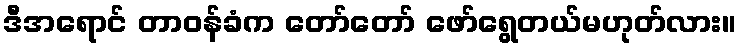
ဒီအရောင် တာဝန်ခံက တော်တော် ဖော်ရွေတယ်မဟုတ်လား။